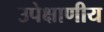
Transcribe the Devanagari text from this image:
उपेक्षाणीय